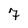
Character: 7